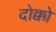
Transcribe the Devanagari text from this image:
दोक्को